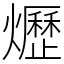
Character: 爏